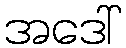
အဒေါ်